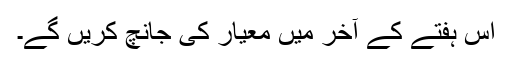
اس ہفتے کے آخر میں معیار کی جانچ کریں گے۔